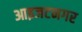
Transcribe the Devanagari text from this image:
आइजटनगर